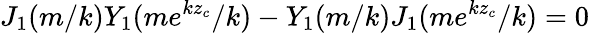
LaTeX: J_{1}(m/k)Y_{1}(me^{kz_{c}}/k)-Y_{1}(m/k)J_{1}(me^{kz_{c}}/k)=0